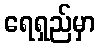
ရေရှည်မှာ